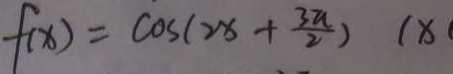
f ( x ) = \cos ( 2 x + \frac { 3 a } { 2 } ) 1 x